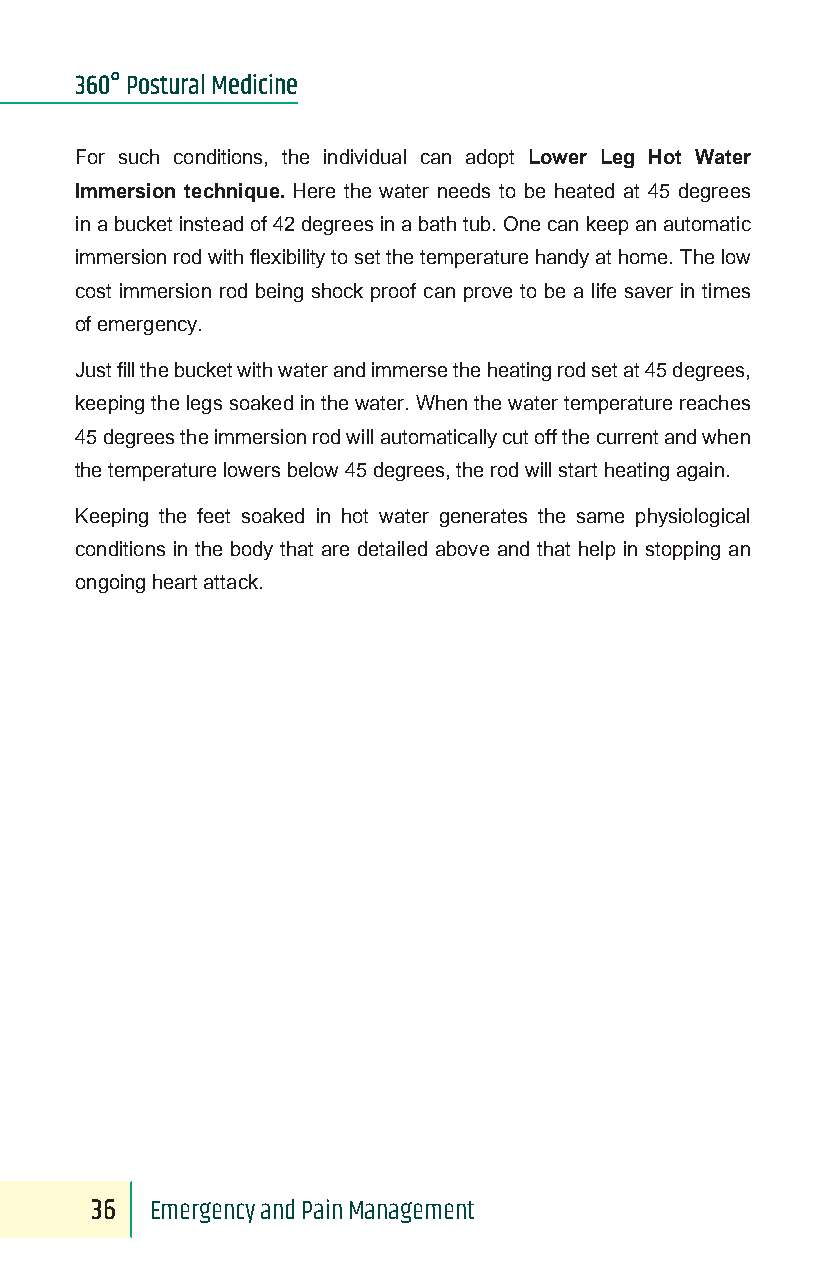
360° Postural Medicine
 For such conditions, the individual can adopt Lower Leg Hot Water
 Immersion technique. Here the water needs to be heated at 45 degrees
 in a bucket instead of 42 degrees in a bath tub. One can keep an automatic
 immersion rod with flexibility to set the temperature handy at home. The low
 cost immersion rod being shock proof can prove to be a life saver in times
 of emergency.
 Just fill the bucket with water and immerse the heating rod set at 45 degrees,
 keeping the legs soaked in the water. When the water temperature reaches
 45 degrees the immersion rod will automatically cut off the current and when
 the temperature lowers below 45 degrees, the rod will start heating again.
 Keeping the feet soaked in hot water generates the same physiological
 conditions in the body that are detailed above and that help in stopping an
 ongoing heart attack.
 36  Emergency and Pain Management